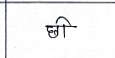
मजकूर: छी